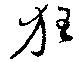
狂